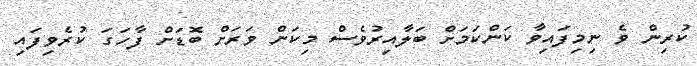
ކުރިން ވެ ނިމިފައިވާ ކަންކަމަށް ބަލާއިރުވެސް މިކަން ވަރަށް ބޮޑަށް ފާހަގަ ކުރެވިފައި